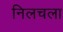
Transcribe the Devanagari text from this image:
निलचला